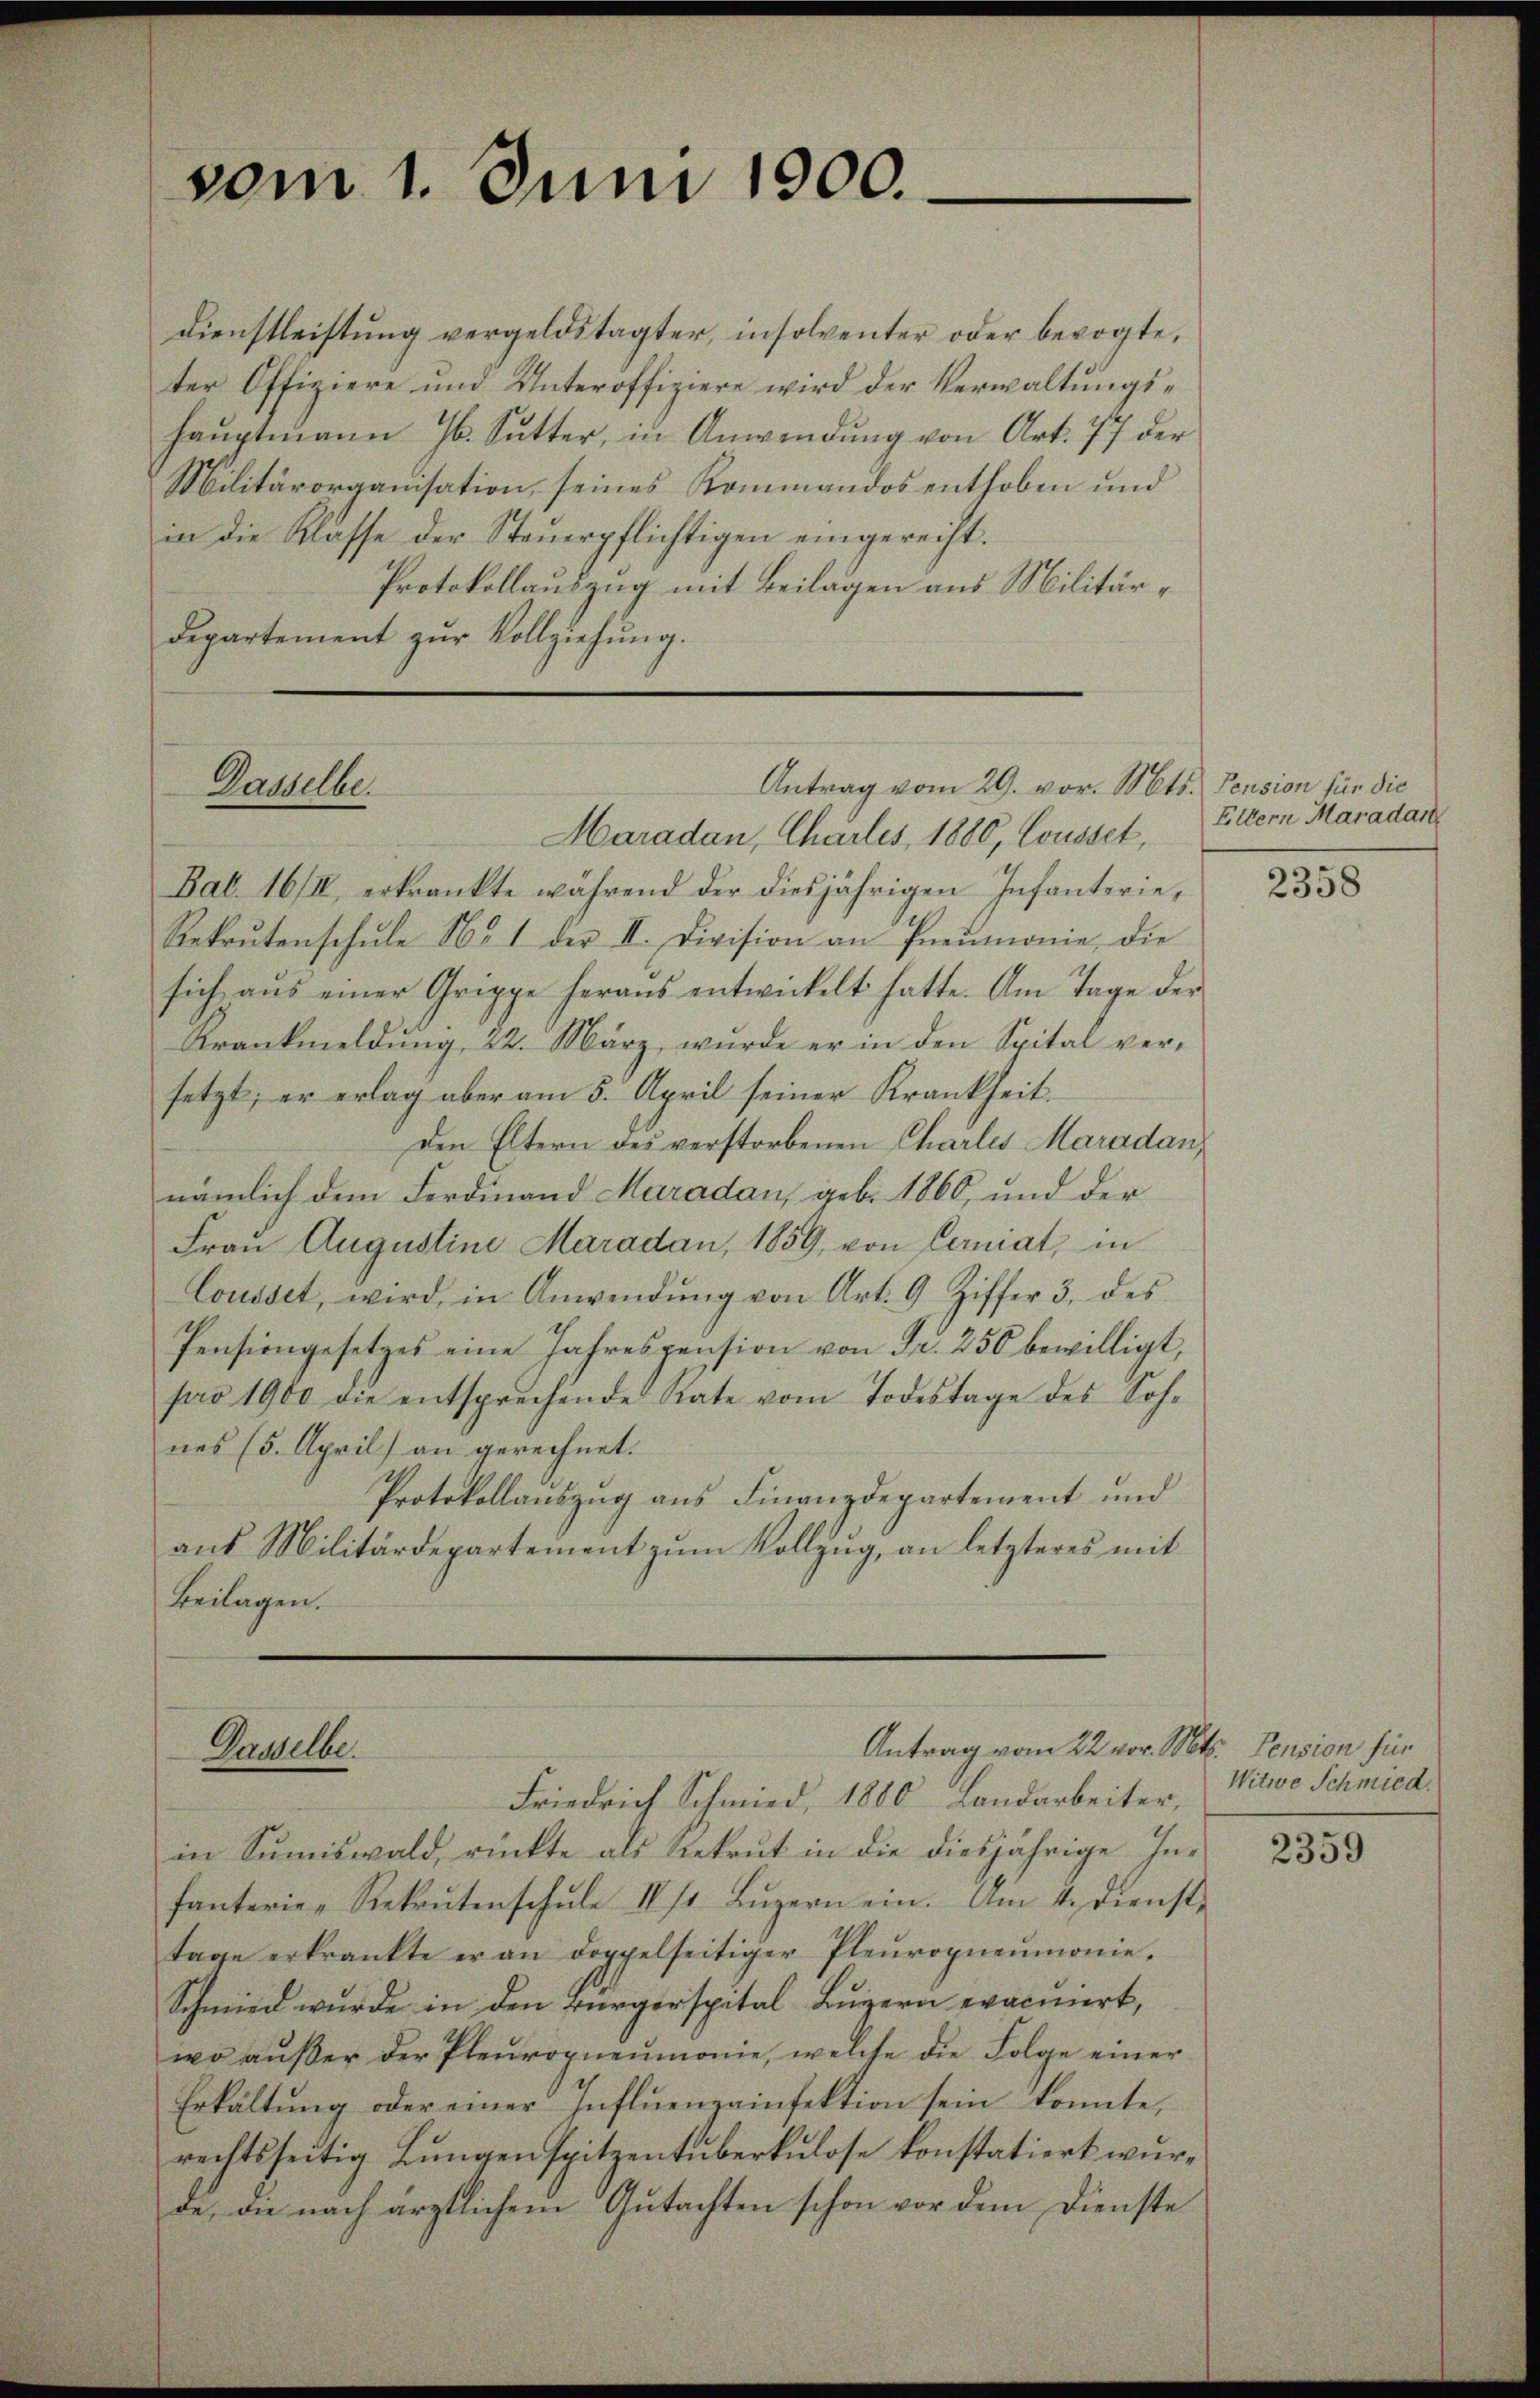
Militärorganisation, seines Kommandos enthoben und
in die Klasse der Steuerpflichtigen eingerecht.
Protokollauszug mit Beilagen aus Militärdepartement zŭr Vollziehŭng.

vom 1. Juni 1900.

Antrag vom 29. vor. Mts. Pension für die
Dasselbe.

Vomselber

dienstleistŭng vergeldstagter, insolventer oder bevogte,
ter Offiziere und Unteroffiziere wird der Verwaltungshaŭptmann Jb. Sŭtter, in Anwendŭng von Art. 77 der

Antrag vom 22. vor. Mts. Pension für

Maradan, Charles, 1880, Cousset,
Bab. 16/II, erkrankte während der diesjährigen Infanterie,
Rekrutenschule No. 1 der II. Division an Pneumonie, die
sich aus einer Grippe heraus entwickelt hatte. Am Tage der
Krankmeldŭng, 22. März, wurde er in den Spital ver-
setzt; er erlag aber am 5. April seiner Krankheit.
Den Eltern des verstorbenen Charlis Maradannämlich dem Ferdinand Maradau, geb. 1860, und der
Frau Augustine Maradau, 1859, von Cerniat, in
Cousset, wird, in Anwendŭng von Art. 9. Ziffer 3. des
Pensiongesetzes eine Jahrespension von Fr. 250 bewilligt,
pro 1900 die entsprechende Rate vom Todestage des Soh-
nes (5. April) an gerechnet.
Protokollauszug aus Finanzdepartement und
aus Militärdepartement zum Vollzug, an letzteres mit
Beilagen.

Eltern Maradart

Friedrich Schmied, 1880 Landarbeiter,
in Sŭmiswald, rückte als Rekrut in die diesjährige In-
fanterie-Rekrutenschŭle II s. Lŭzern ein. Am 4. Dienst,
tage erkrankte er an doppelseitiger Pleŭropneumonie.
Schmied wurde in den Bürgerspital Lŭzern evacuiert,
wo aŭβer der Pleŭropneumonie, welche die Folge einer
Erkältung oder einer Influenzainfektion sein konnte,
rechtsseitig Lungenspitzentuberkulose konstatiert wurde, die nach ärztlichem Gutachten schon vor dem Dienste

2358

Witwe Schmied.

2359